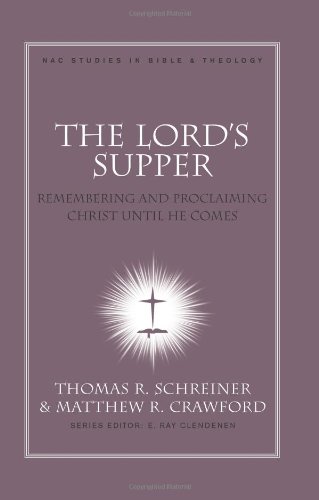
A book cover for The Lord's Supper: Remembering and Proclaiming Christ Until He Comes (New American Commentary Studies in Bible & Theology); Christian Books & Bibles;